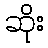
ဆိုး